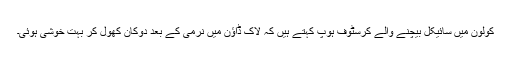
کولون میں سائیکل بیچنے والے کرسٹوف ہوپ کہتے ہیں کہ لاک ڈاؤن میں نرمی کے بعد دوکان کھول کر بہت خوشی ہوئی۔